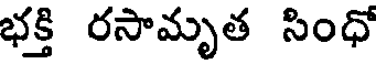
భక్తి రసామృత సింధో